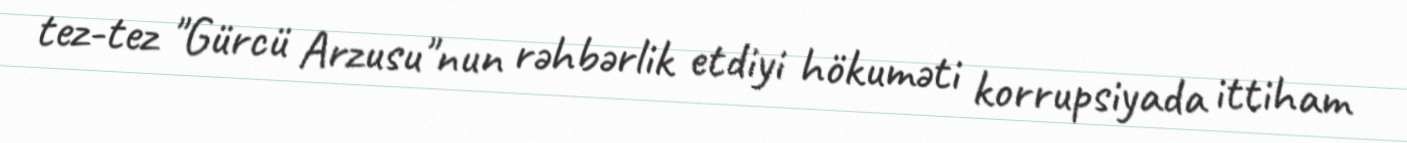
tez-tez "Gürcü Arzusu"nun rəhbərlik etdiyi hökuməti korrupsiyada ittiham